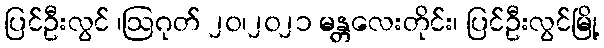
ပြင်ဦးလွင် ၊ဩဂုတ် ၂၀၊၂၀၂၁ မန္တလေးတိုင်း၊ ပြင်ဦးလွင်မြို့